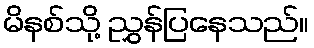
မိနစ်သို့ ညွှန်ပြနေသည်။